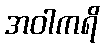
အဝါကရိ